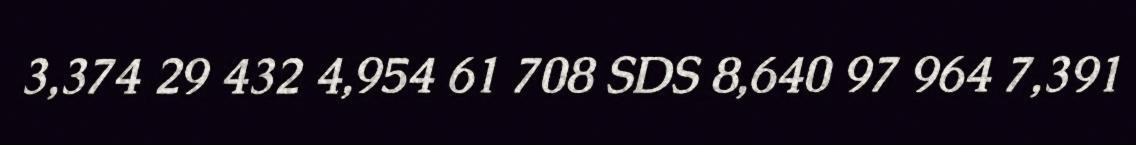
3,374 29 432 4,954 61 708 SDS 8,640 97 964 7,391